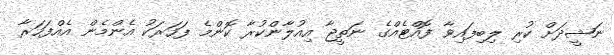
ނަޝީދަށް ކުރި ލިބިފައިވާ ފޮއްޓެއްގެ ނަތީޖާ އިއުލާންކުރާ ކޮންމެ ފަހަރަކު އެންމެން އެއްފަހަރާ